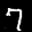
Label: 7